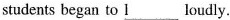
students began to \underline{l } loudly.